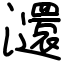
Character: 㶎